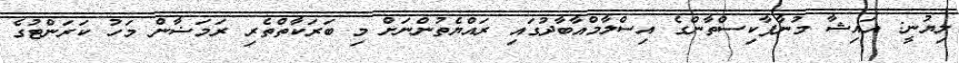
ލިޔުނީ: އައިޝާ މުނާޕާކިސްތާންގެ އިސްލާމްއާބާދުގައި ރައްޔެތުންނަށް މި ބަރަކާތްތެރި ރަމަޟާން މަހު ކަރަންޓުގެ